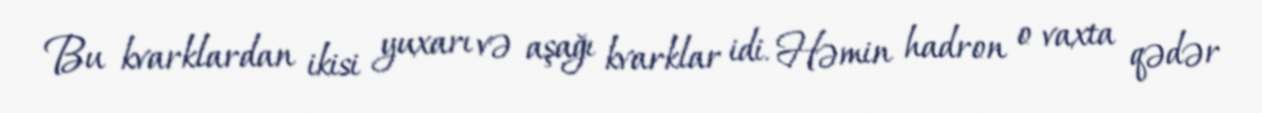
Bu kvarklardan ikisi yuxarı və aşağı kvarklar idi. Həmin hadron o vaxta qədər